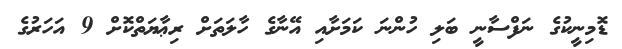
ޑޮމިނީކުގެ ނަފްސާނީ ބަލި ހުންނަ ކަމަށާއި އޭނާގެ ހާލަތަށް ރިޢާޔަތްކޮށް 9 އަހަރުގެ